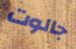
جالوت